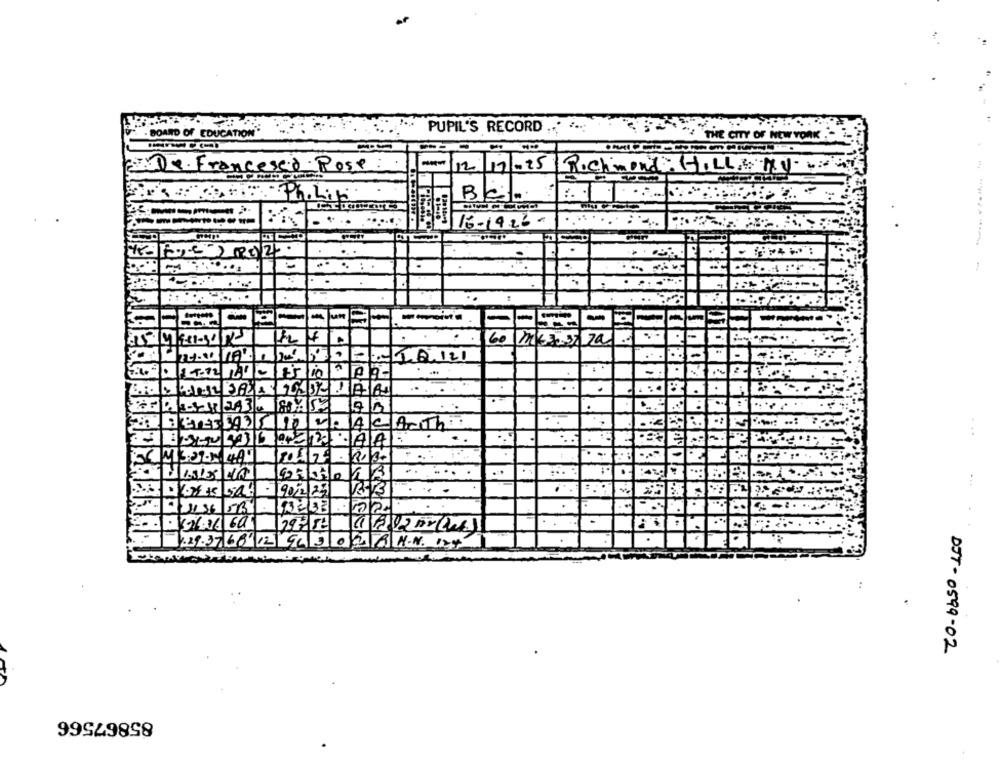
PUPIL'S RECORD ...
- BOARD OF EDUCATION
THE CITY OF NEW YORK
ed - Pose:
-
12
11.25
Richmond HILLEMV
FOR . France
:Ph.Lik
16-1926-
CC
.
-
----
Ex1-3/5
60 m2 3:3 70
18.120
.
40
Arth
...
AJA
13:32-2 140
13-V3
136 5B
532/33
12 Pre
29 . 37 68|12| 94 3 0 0 8 M. N. 124
DJT - 0599- 02
85867566